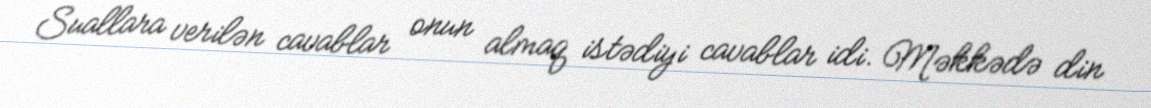
Suallara verilən cavablar onun almaq istədiyi cavablar idi. Məkkədə din